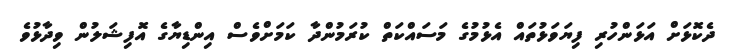
ދެކޮޅަށް އަޅަންހުރި ފިޔަވަޅުތައް އެޅުމުގެ މަސައްކަތް ކުރަމުންދާ ކަމަށްވެސް އިންޑިޔާގެ އޮފިޝަލުން ވިދާޅުވެ